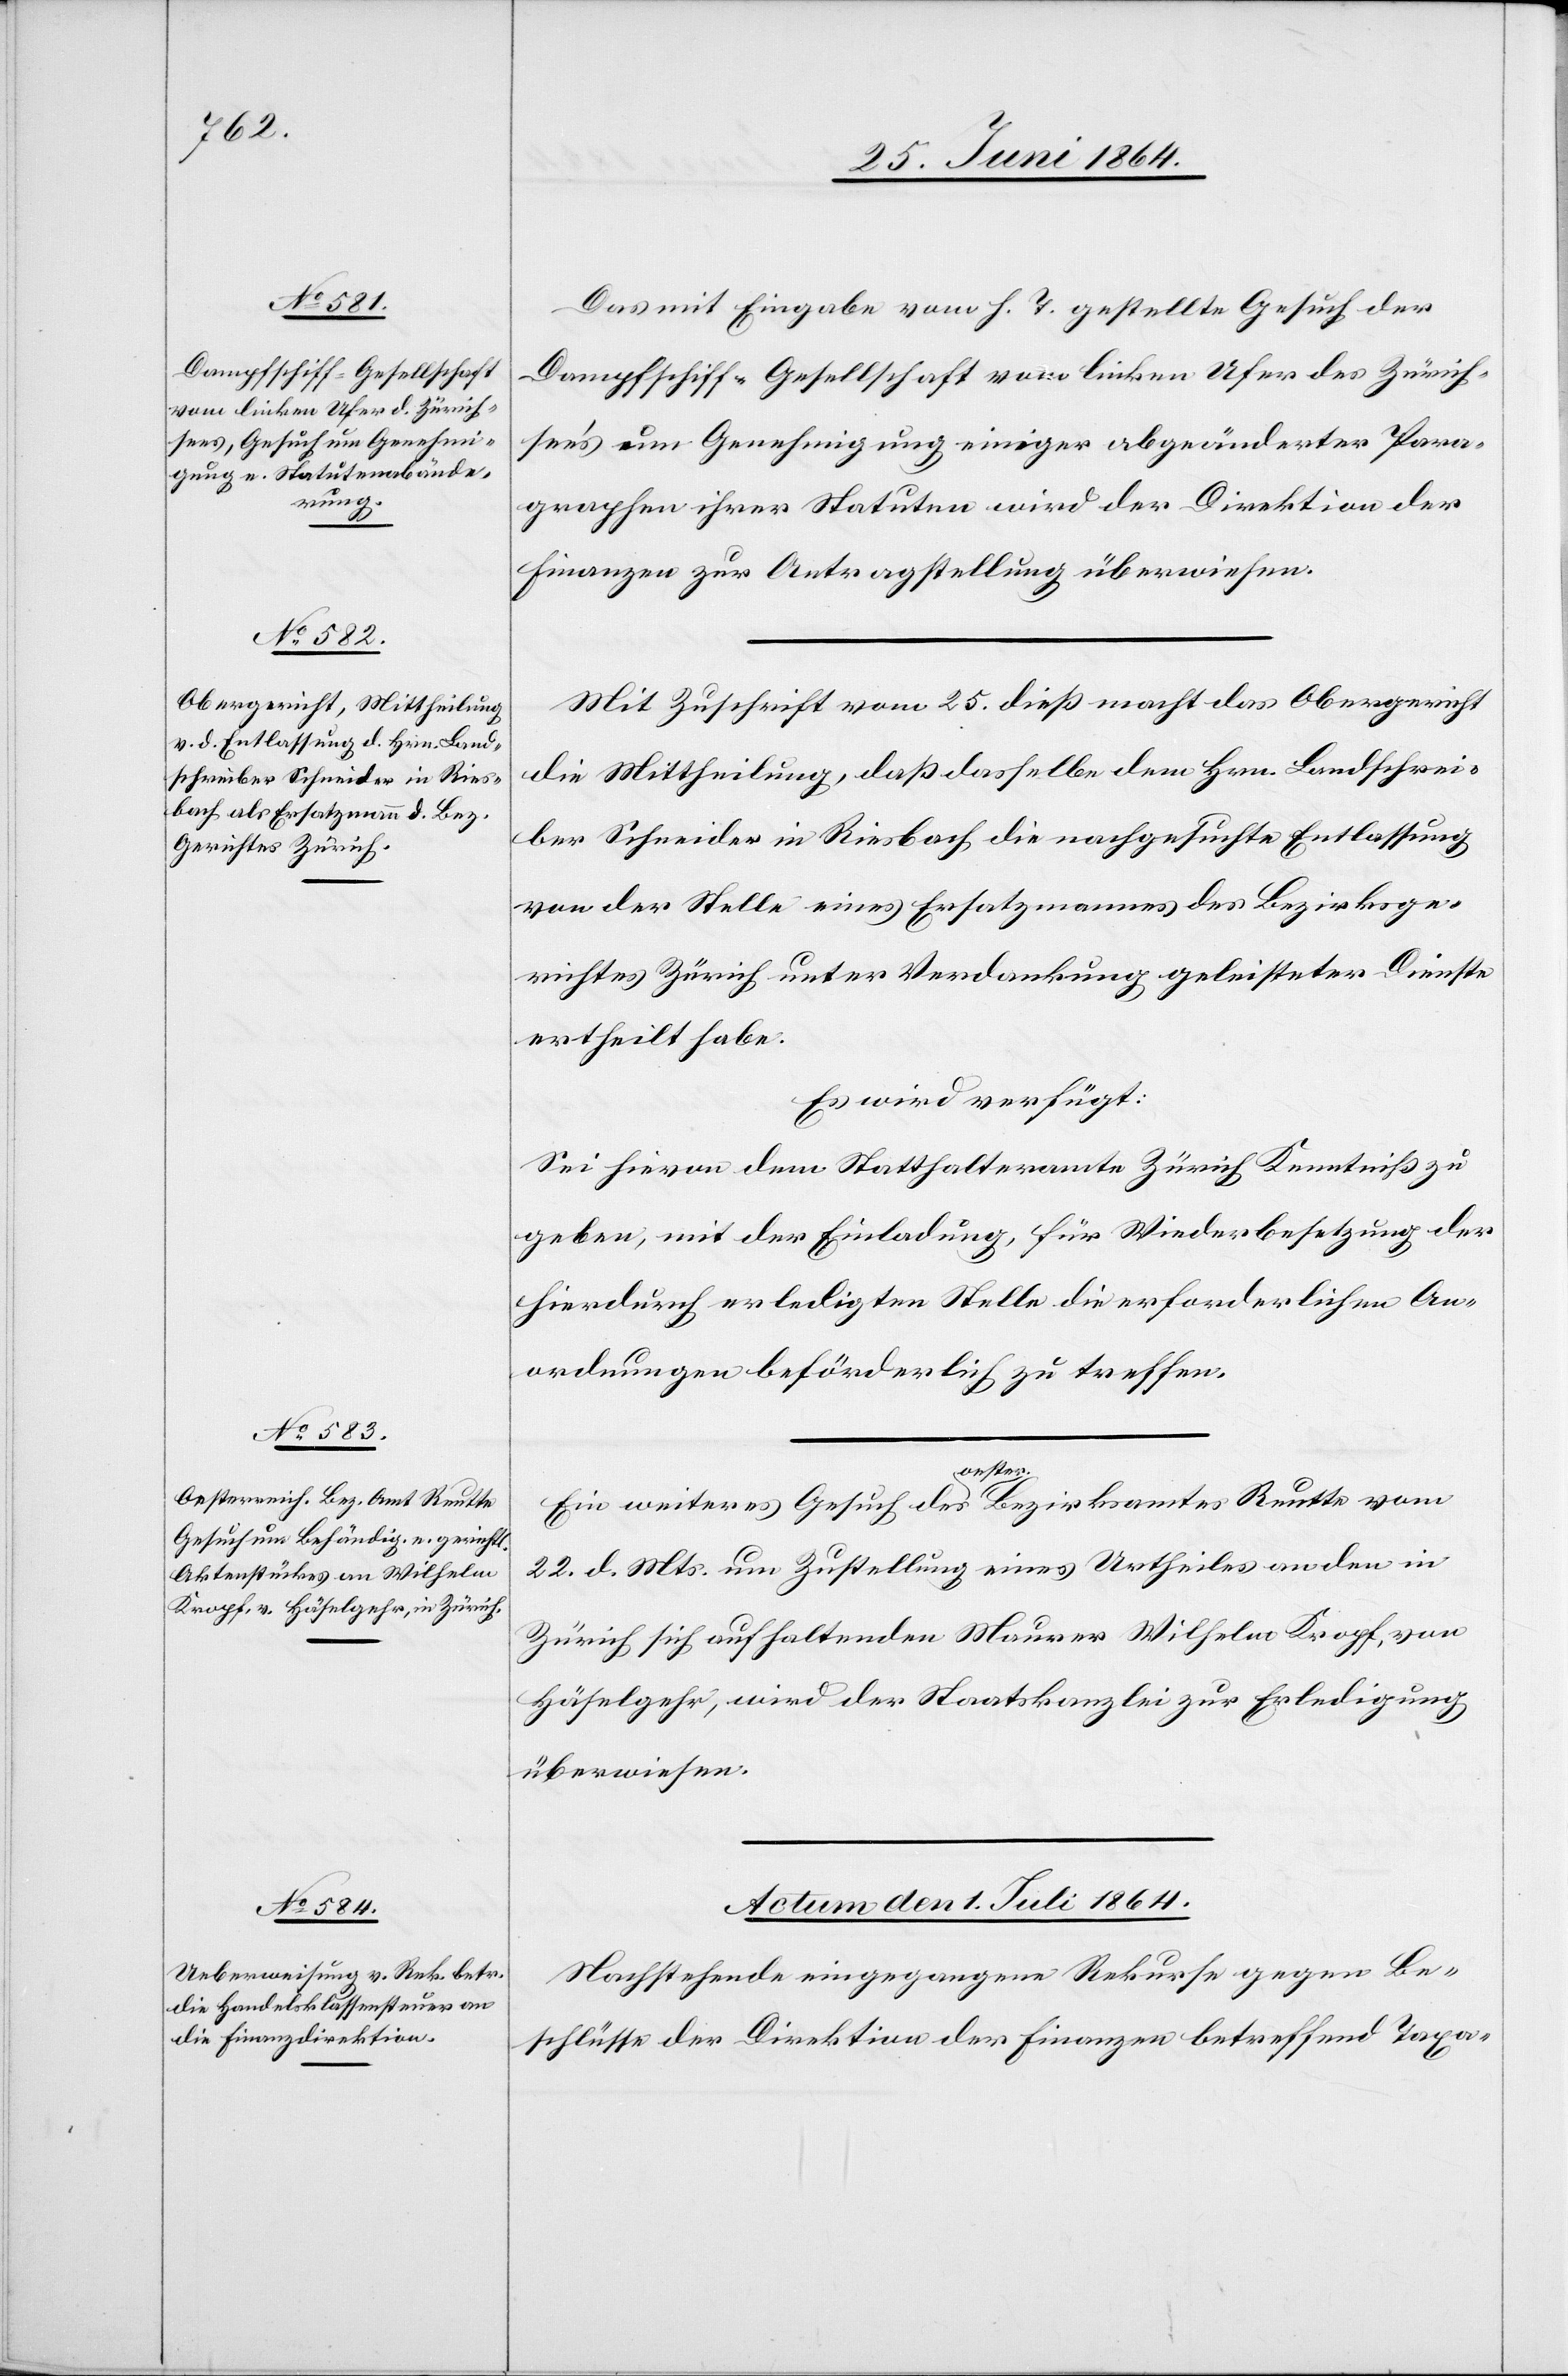
27. Juni 1864.]
Das mit Eingabe vom h. T. gestellte Gesuch der
Dampfschiff-Gesellschaft vom linken Ufer des Zürich¬
see’s um Genehmigung einiger abgeänderter Para¬
graphen ihrer Statuten wird der Direktion der
Finanzen zur Antragstellung überwiesen.
Mit Zuschrift vom 25. dieß macht das Obergericht
die Mittheilung, daß dasselbe dem Hrn. Landschrei¬
ber Schneider in Riesbach die nachgesuchte Entlassung
von der Stelle eines Ersatzmannes des Bezirksge¬
richtes Zürich unter Verdankung geleisteter Dienste
ertheilt habe.
Es wird verfügt:
Sei hievon dem Statthalteramte Zürich Kenntniß zu
geben, mit der Einladung, für Wiederbesetzung der
hierdurch erledigten Stelle die erforderlichen An¬
ordnungen beförderlich zu treffen.
[Präsidial-Verfügungen.]
Ein weiteres Gesuch des oester. Bezirksamtes Reutte vom
22. d. Mts. um Zustellung eines Urtheiles an den in
Zürich sich aufhaltenden Maurer Wilhelm Kropf, von
Häselgehr, wird der Staatskanzlei zur Erledigung
überwiesen.
Actum den 1. Juli 1864.
Nachstehende eingegangene Rekurse gegen Be¬
schlüsse der Direktion der Finanzen betreffend Taxa-